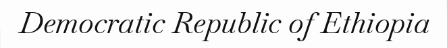
Democratic Republic of Ethiopia